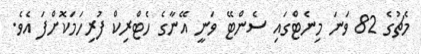
މެޗުގެ 82 ވަނަ މިނެޓްގައި ސެންޓޭ ވަނީ އޭނާގެ ހެޓްރިކް ފުރިހަމަކޮށްފަ އެވެ.